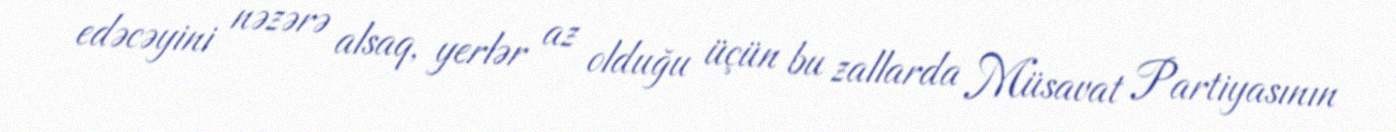
edəcəyini nəzərə alsaq, yerlər az olduğu üçün bu zallarda Müsavat Partiyasının